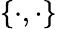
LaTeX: \left\{ \cdot,\cdot\right\}